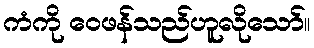
ကံကို ဝေဖန်သည်ဟူလိုသော်။